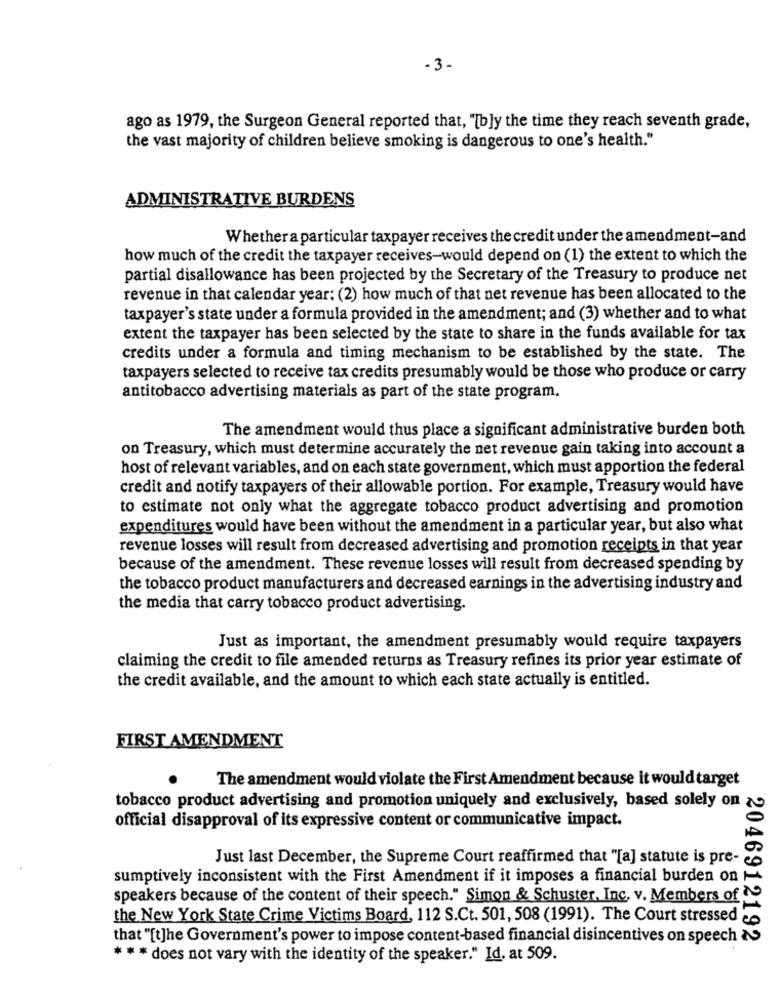
- 3-
ago as 1979, the Surgeon General reported that, "[b]y the time they reach seventh grade,
the vast majority of children believe smoking is dangerous to one's health."
ADMINISTRATIVE BURDENS
Whether a particular taxpayer receives the credit under the amendment-and
how much of the credit the taxpayer receives-would depend on (1) the extent to which the
partial disallowance has been projected by the Secretary of the Treasury to produce net
revenue in that calendar year; (2) how much of that net revenue has been allocated to the
taxpayer's state under a formula provided in the amendment; and (3) whether and to what
extent the taxpayer has been selected by the state to share in the funds available for tax
credits under a formula and timing mechanism to be established by the state. The
taxpayers selected to receive tax credits presumably would be those who produce or carry
antitobacco advertising materials as part of the state program.
The amendment would thus place a significant administrative burden both
on Treasury, which must determine accurately the net revenue gain taking into account a
host of relevant variables, and on each state government, which must apportion the federal
credit and notify taxpayers of their allowable portion. For example, Treasury would have
to estimate not only what the aggregate tobacco product advertising and promotion
expenditures would have been without the amendment in a particular year, but also what
revenue losses will result from decreased advertising and promotion receipts in that year
because of the amendment. These revenue losses will result from decreased spending by
the tobacco product manufacturers and decreased earnings in the advertising industry and
the media that carry tobacco product advertising.
Just as important, the amendment presumably would require taxpayers
claiming the credit to file amended returns as Treasury refines its prior year estimate of
the credit available, and the amount to which each state actually is entitled.
FIRST AMENDMENT
The amendment would violate the First Amendment because it would target
tobacco product advertising and promotion uniquely and exclusively, based solely on
official disapproval of its expressive content or communicative impact.
Just last December, the Supreme Court reaffirmed that "[a] statute is pre-
sumptively inconsistent with the First Amendment if it imposes a financial burden on -
speakers because of the content of their speech." Simon & Schuster, Inc. v. Members of
the New York State Crime Victims Board, 112 S.Ct. 501, 508 (1991). The Court stressed
that "[t]he Government's power to impose content-based financial disincentives on speech &
2046912192
* * * does not vary with the identity of the speaker." Id. at 509.